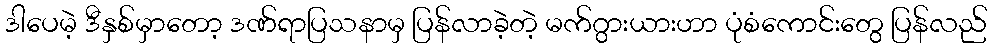
ဒါပေမဲ့ ဒီနှစ်မှာတော့ ဒဏ်ရာပြသနာမှ ပြန်လာခဲ့တဲ့ မက်ဂွားယားဟာ ပုံစံကောင်းတွေ ပြန်လည်